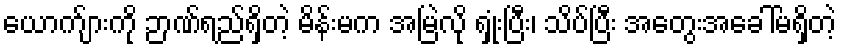
ယောက်ျားကို ဉာဏ်ရည်ရှိတဲ့ မိန်းမက အမြဲလို ရှုံးပြီး၊ သိပ်ပြီး အတွေးအခေါ်မရှိတဲ့